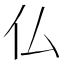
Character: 仏